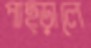
পাছ্‌ড়ালে